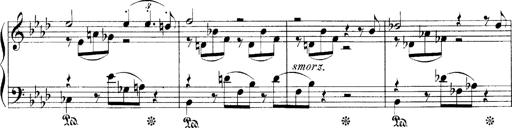
Title: LiebestrÃ¤ume
Composer: Franz Behr
Key: E-flat major